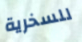
للسخرية